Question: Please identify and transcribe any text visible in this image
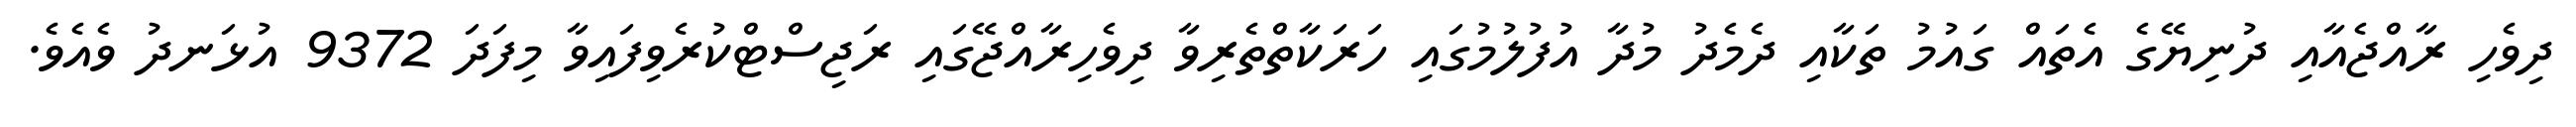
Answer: ދިވެހި ރާއްޖެއާއި ދުނިޔޭގެ އެތައް ގައުމު ތަކާއި ދެމެދު މުދާ އުފުލުމުގައި ހަރަކާތްތެރިވާ ދިވެހިރާއްޖޭގައި ރަޖިސްޓްކުރެވިފައިވާ މިފަދަ 9372 އުޅަނދު ވެއެވެ.